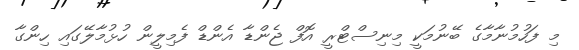
މި ފަހުމުނާމާގެ ބޭނުމަކީ މިނިސްޓްރީ އޮފް ޖެންޑާ އެންޑް ފެމިލީން ހުޅުމާލޭގައި ހިންގާ